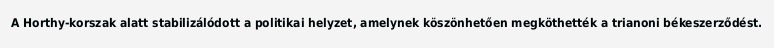
A Horthy-korszak alatt stabilizálódott a politikai helyzet, amelynek köszönhetően megköthették a trianoni békeszerződést.